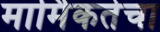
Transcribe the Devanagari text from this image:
मार्मिकतेचा